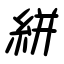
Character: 絣